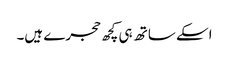
اسکے ساتھ ہی کچھ حجرے ہیں۔